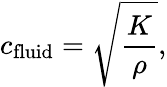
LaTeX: c_{\mathrm{fluid}}={\sqrt{\frac{K}{\rho}}},